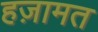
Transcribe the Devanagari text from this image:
हज़ामत